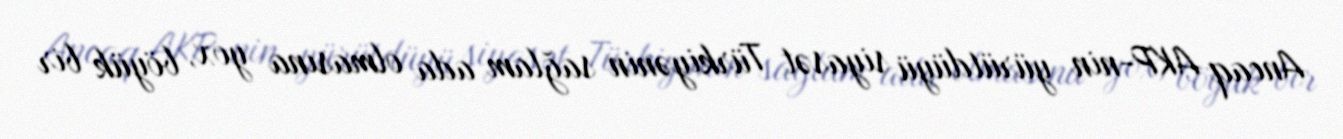
Ancaq AKP-nin yürütdüyü siyasət Türkiyənin sağlam ada olmasına yox, böyük bir